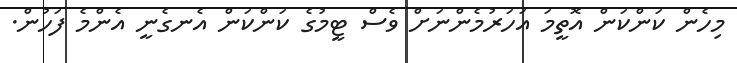
މިހެން ކަންކަން އޮތީމަ އަހަރުމެންނަށް ވެސް ޓީމުގެ ކަންކަން އެނގެނީ އެންމެ ފަހުން.